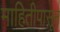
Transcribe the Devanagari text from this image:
माहितीपासून